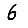
Digit: 6